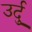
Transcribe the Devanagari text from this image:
उर्दुू